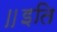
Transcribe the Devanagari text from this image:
॥इति